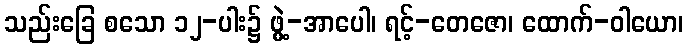
သည်းခြေ စသော ၁၂-ပါး၌ ဖွဲ့-အာပေါ၊ ရင့်-တေဇော၊ ထောက်-ဝါယော၊